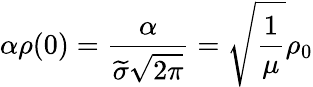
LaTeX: \alpha\rho(0)=\frac{\alpha}{\widetilde{\sigma}\sqrt{2\pi}}=\sqrt{\frac{1}{\mu}}\rho_{0}